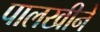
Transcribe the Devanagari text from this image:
पालखीने